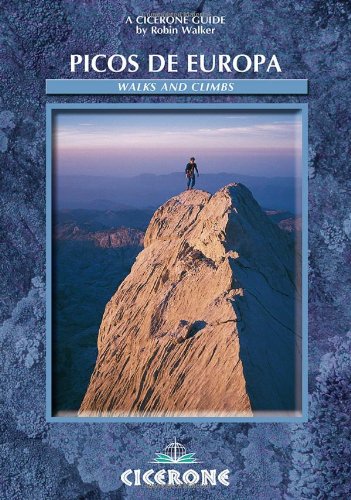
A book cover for Walks and Climbs in the Picos De Europa (Cicerone Climbing Overseas); Robin Walker; Sports & Outdoors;